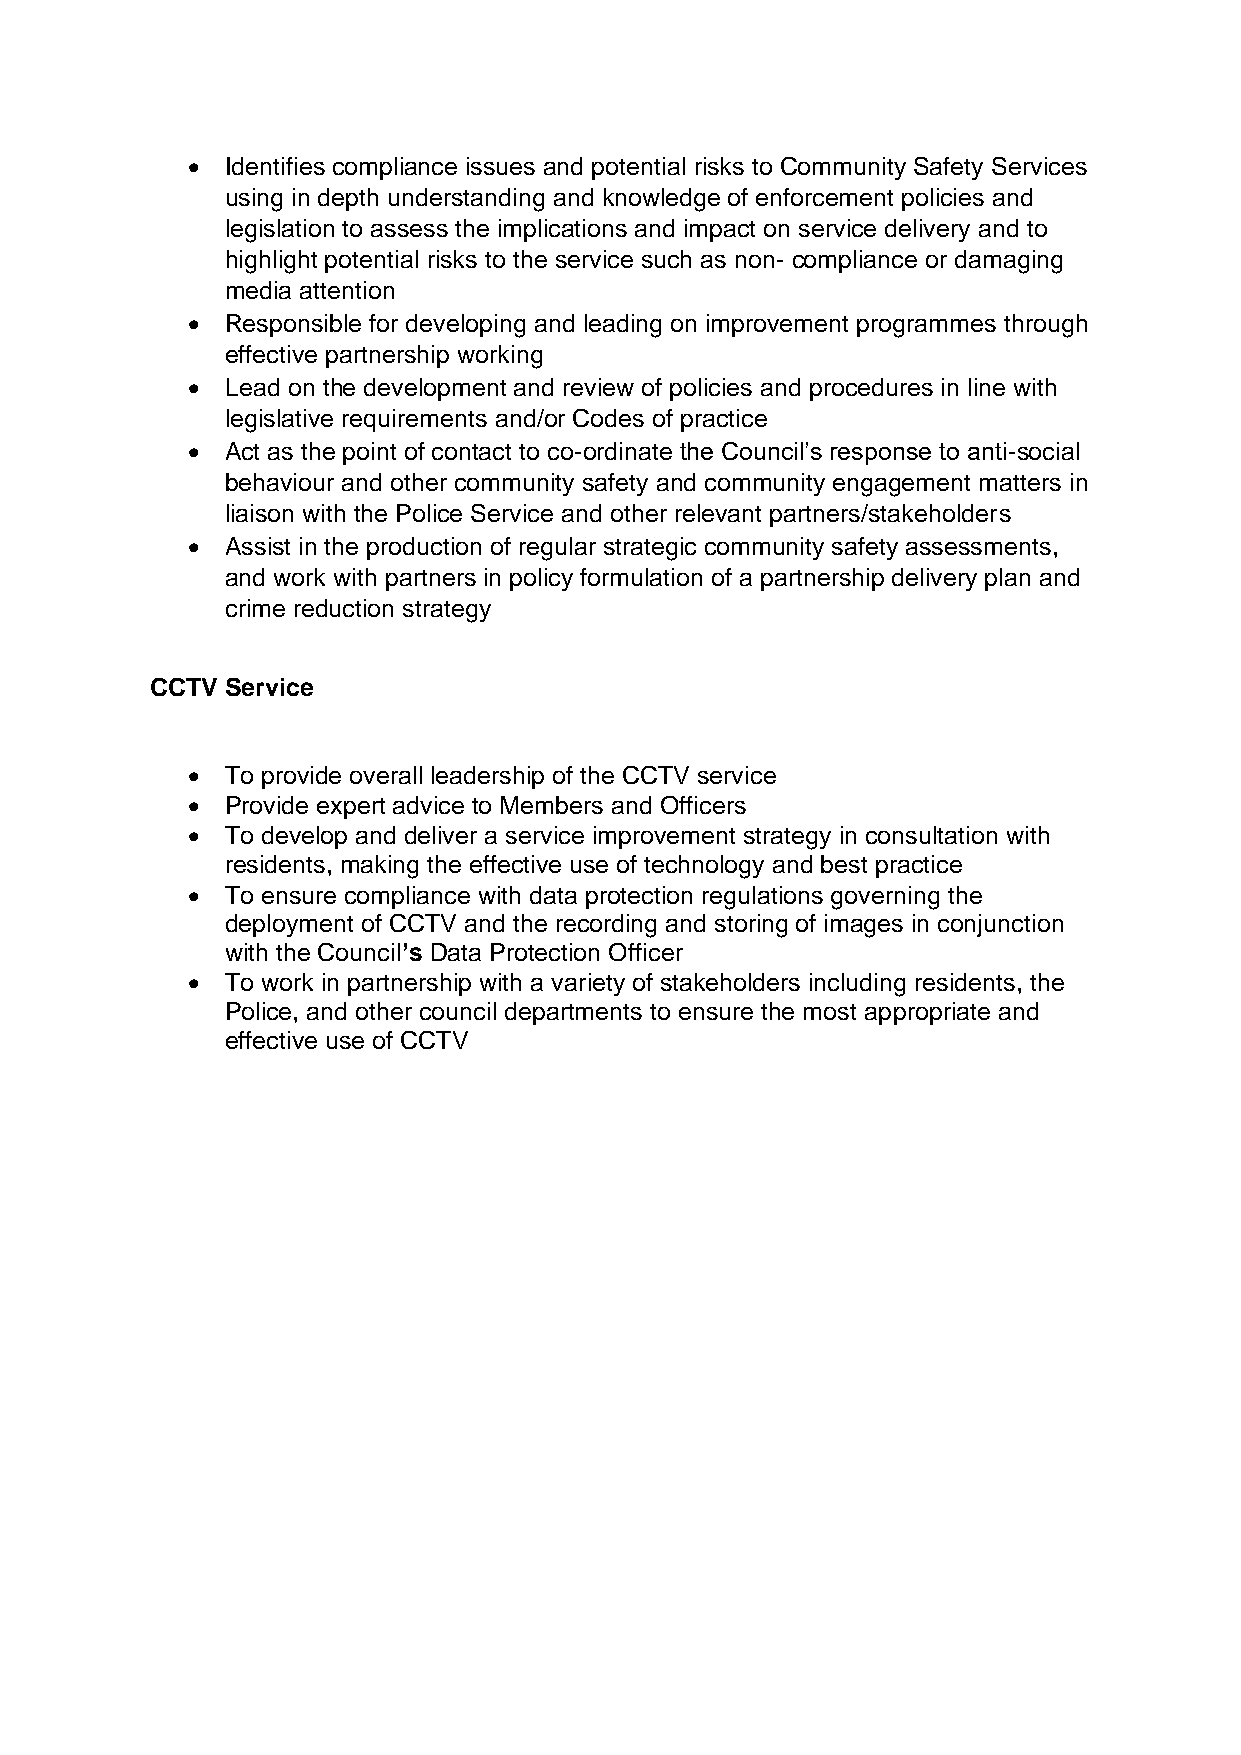
•  Identifies compliance issues and potential risks to Community Safety Services
 using in depth understanding and knowledge of enforcement policies and
 legislation to assess the implications and impact on service delivery and to
 highlight potential risks to the service such as non- compliance or damaging
 media attention
 •  Responsible for developing and leading on improvement programmes through
 effective partnership working
 •  Lead on the development and review of policies and procedures in line with
 legislative requirements and/or Codes of practice
 •  Act as the point of contact to co-ordinate the Council’s response to anti-social
 behaviour and other community safety and community engagement matters in
 liaison with the Police Service and other relevant partners/stakeholders
 •  Assist in the production of regular strategic community safety assessments,
 and work with partners in policy formulation of a partnership delivery plan and
 crime reduction strategy
 CCTV Service
 •  To provide overall leadership of the CCTV service
 •  Provide expert advice to Members and Officers
 •  To develop and deliver a service improvement strategy in consultation with
 residents, making the effective use of technology and best practice
 •  To ensure compliance with data protection regulations governing the
 deployment of CCTV and the recording and storing of images in conjunction
 with the Council’s Data Protection Officer
 •  To work in partnership with a variety of stakeholders including residents, the
 Police, and other council departments to ensure the most appropriate and
 effective use of CCTV